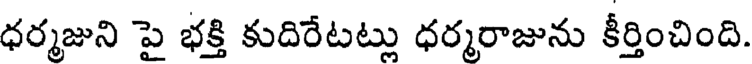
ధర్మజుని పై భక్తి కుదిరేటట్లు ధర్మరాజును కీర్తించింది.